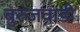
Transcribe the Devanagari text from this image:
बुरुजवाडी